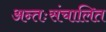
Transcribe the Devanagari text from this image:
अन्तःसंचालित